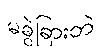
မခွဲခြားဘဲ